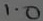
Text: 1.0